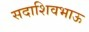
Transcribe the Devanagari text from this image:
सदाशिवभाऊ